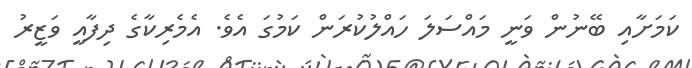
ކަމަށާއި ބޭނުން ވަނީ މައްސަލަ ހައްލުކުރަން ކަމުގަ އެވެ. އެމެރިކާގެ ދިފާއީ ވަޒީރު